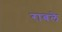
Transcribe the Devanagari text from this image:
राबले